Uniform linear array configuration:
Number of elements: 12
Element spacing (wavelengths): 0.25
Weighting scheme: blackman
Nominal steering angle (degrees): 45
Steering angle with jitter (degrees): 44.084
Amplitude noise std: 0.05
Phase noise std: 0.05

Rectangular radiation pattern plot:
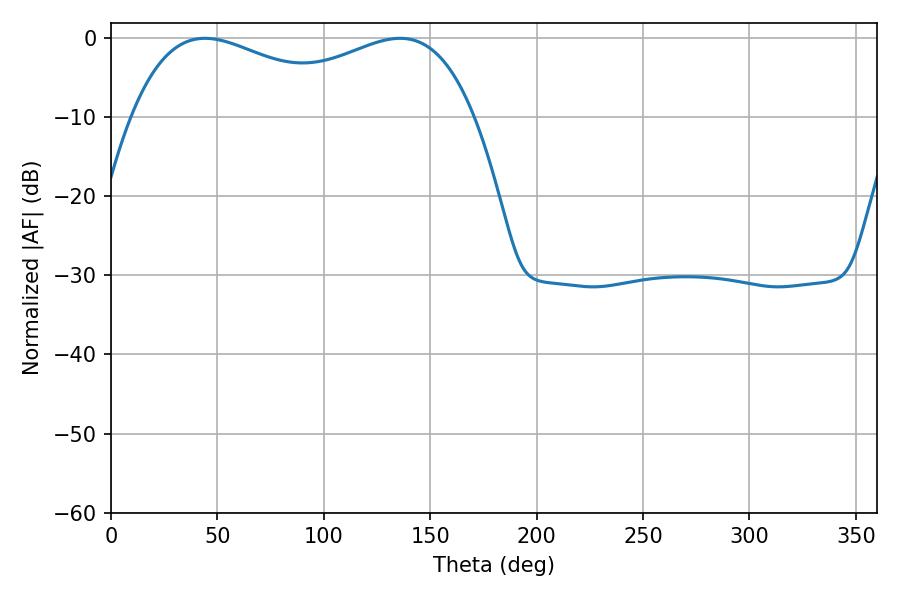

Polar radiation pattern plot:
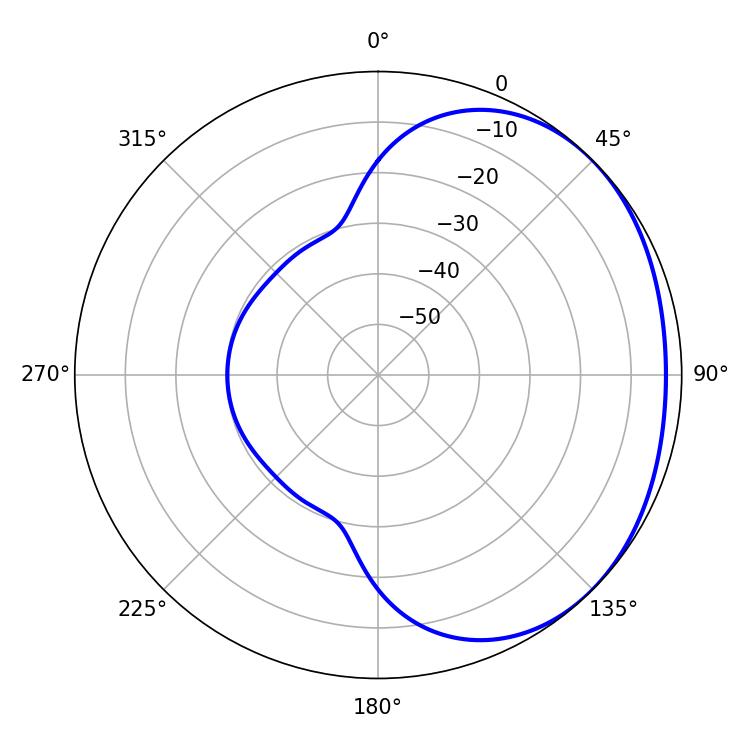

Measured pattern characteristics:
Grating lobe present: FALSE
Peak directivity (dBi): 1.632
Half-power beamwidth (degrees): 60.84
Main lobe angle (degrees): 44.1